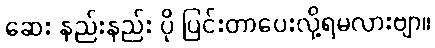
ဆေး နည်းနည်း ပို ပြင်းတာပေးလို့ရမလားဗျာ။